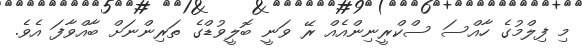
މި ފިލްމުގެ ހާއްސަ ސްކްރީނިންއެއް ރޭ ވަނީ ބޮލީވުޑްގެ ތަރިންނަށް ބާއްވާފަ އެވެ.